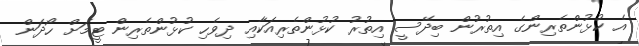
އެ ކުޅުންތެރިންގެ އިތުރުން ބިދޭސީ އިތުރު ކުޅުންތެރިއަކާއި ދިވެހި ކުޅުންތެރިން ޓީމަށް ހޯދަން